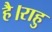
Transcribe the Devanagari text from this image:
है।राहु